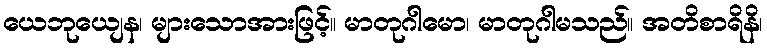
ယေဘုယျေန၊ များသောအားဖြင့်။ မာတုဂါမော၊ မာတုဂါမသည်။ အတိစာရိနိ၊